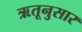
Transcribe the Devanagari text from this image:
ऋतूनुसार